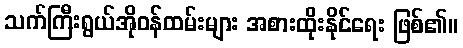
သက်ကြီးရွယ်အိုဝန်ထမ်းများ အစားထိုးနိုင်ရေး ဖြစ်၏။